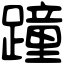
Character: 蹱